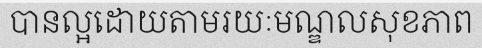
បានល្អដោយតាមរយៈមណ្ឌលសុខភាព